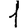
Digit: 1